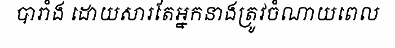
បារាំង ដោយសារតែអ្នកនាងត្រូវចំណាយពេល